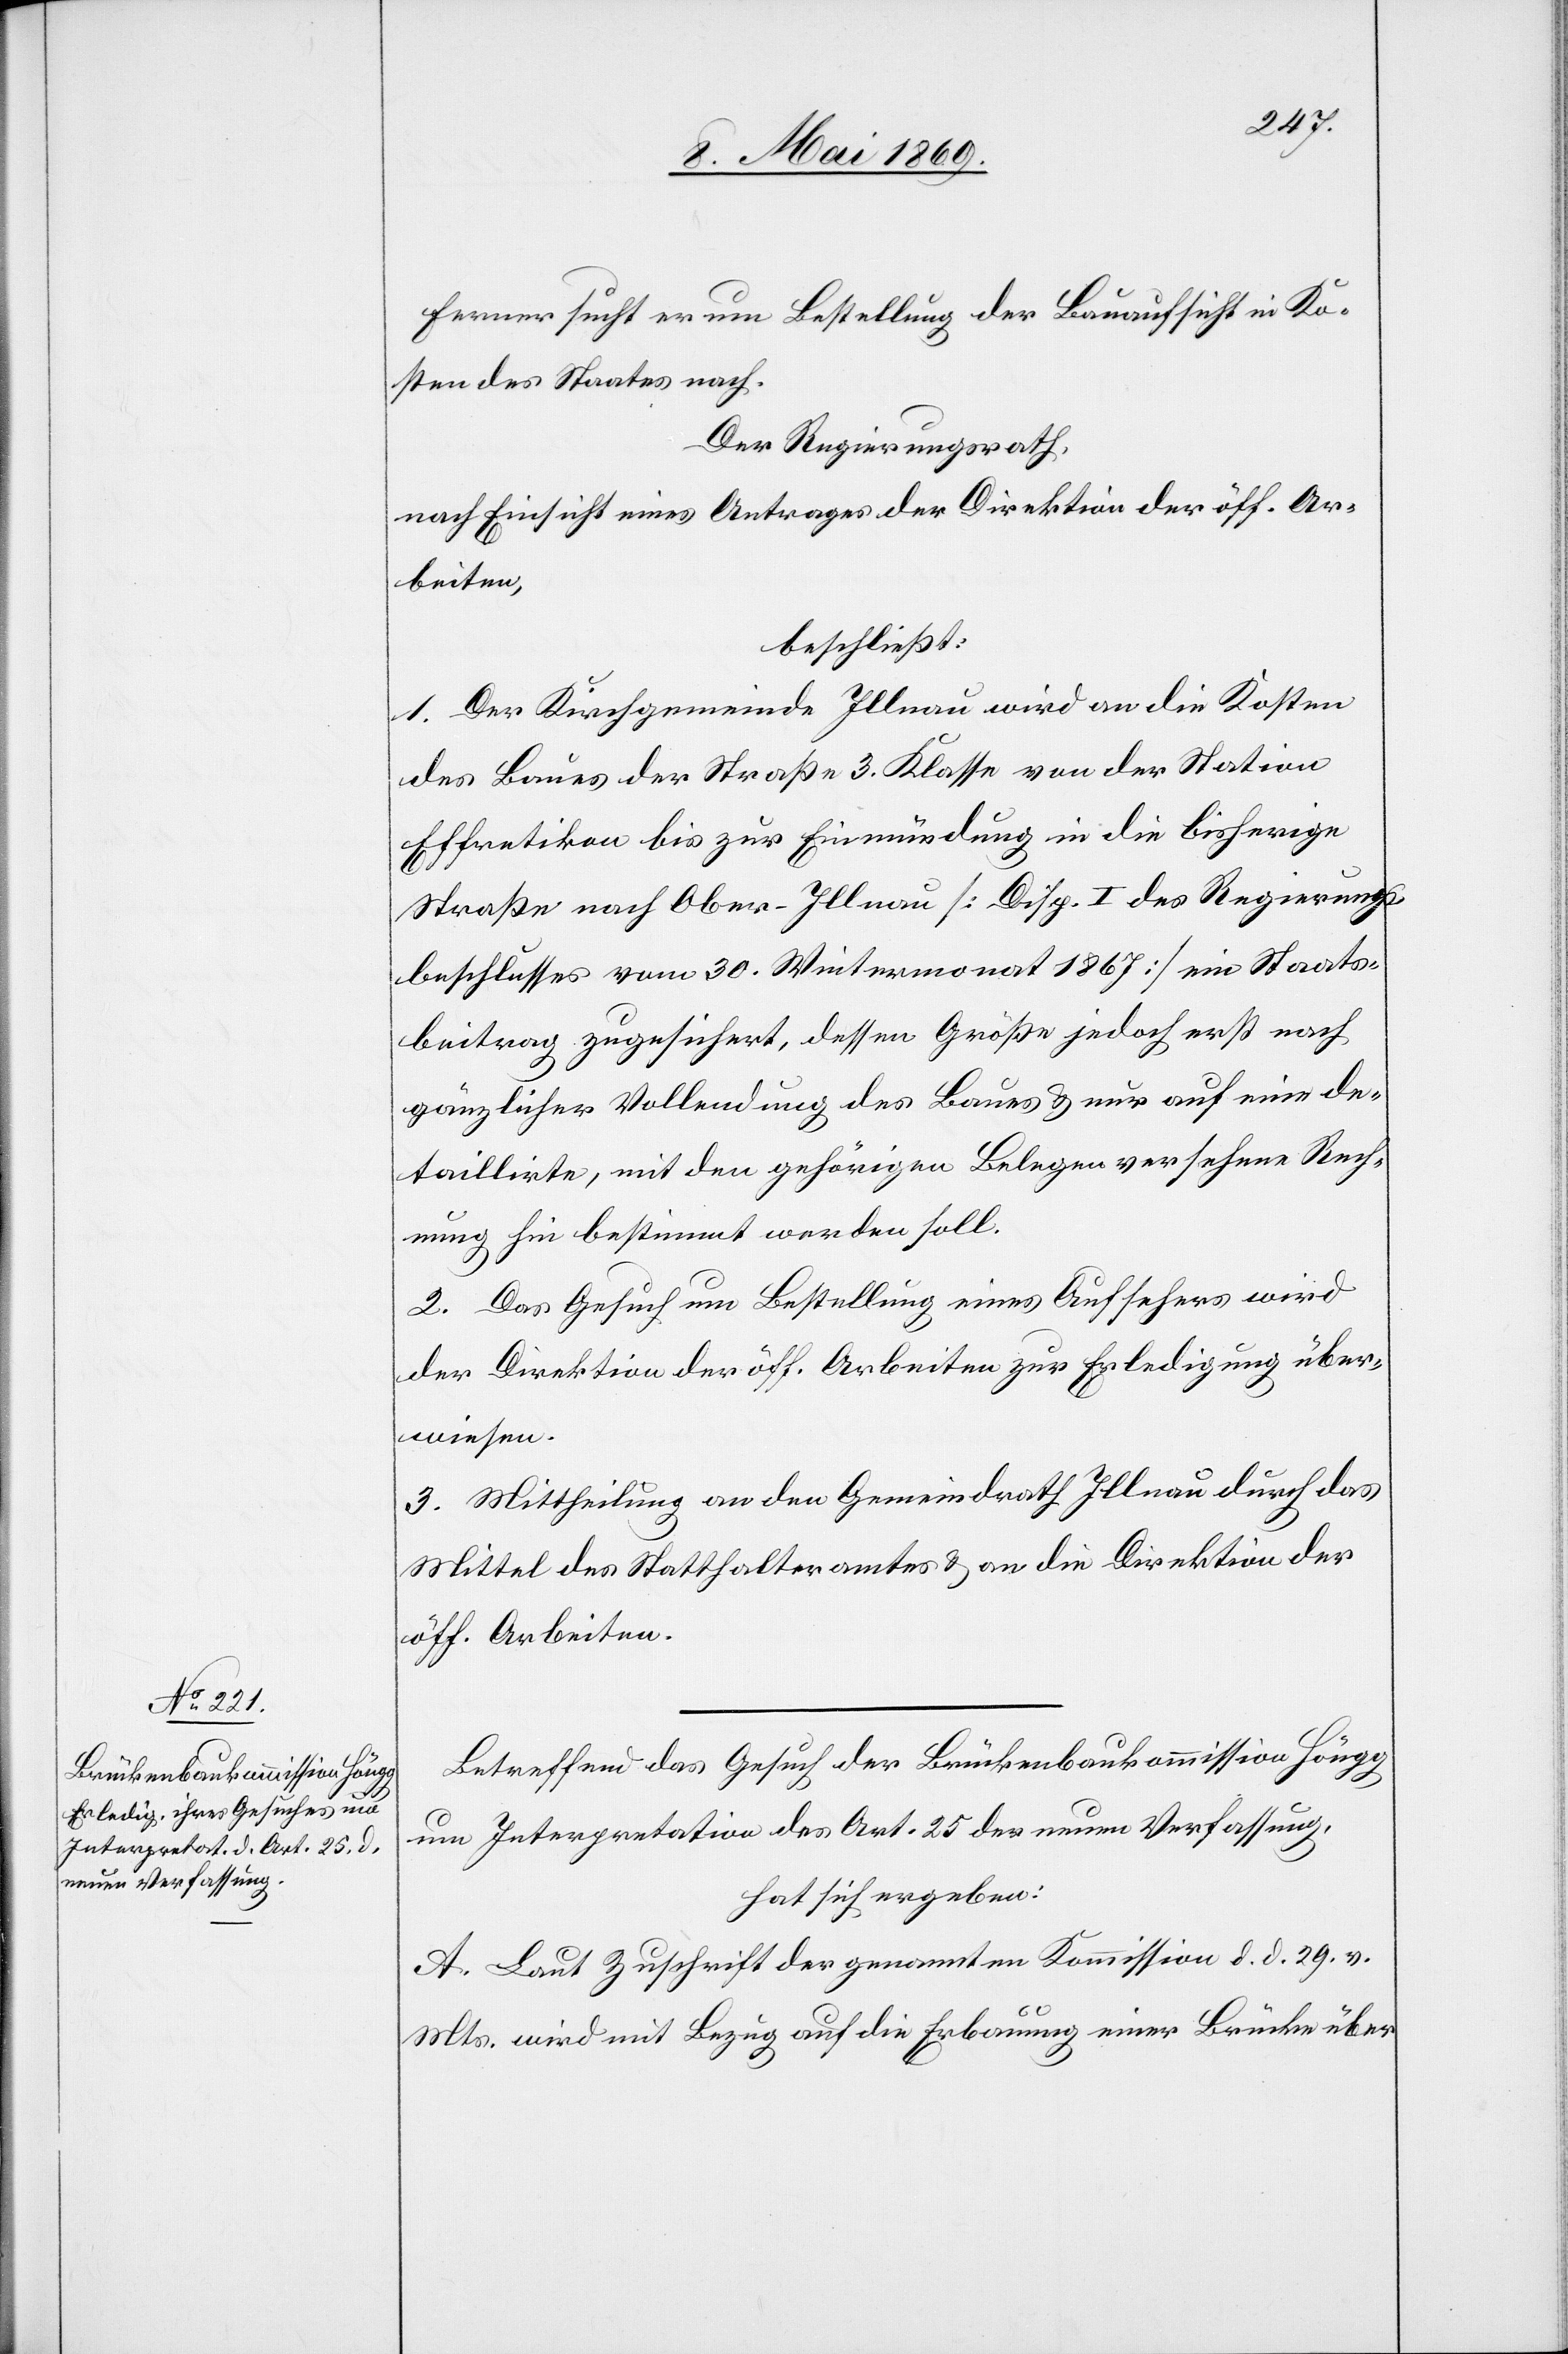
Ferner sucht er um Bestellung der Bauaufsicht in Ko¬
sten des Staates nach.
Der Regierungsrath,
nach Einsicht eines Antrages der Direktion der öff. Ar¬
beiten,
beschließt:
1. Der Kirchgemeinde Illnau wird an die Kosten
des Baues der Straße 3. Klasse von der Station
Effretikon bis zur Einmündung in die bisherige
Straße nach Ober-Illnau [Disp. I des Regierungs¬
beschlusses vom 30. Wintermonat 1867] ein Staats¬
beitrag zugesichert, dessen Größe jedoch erst nach
gänzlicher Vollendung des Baues u. nur auf eine de¬
taillirte, mit den gehörigen Belegen versehene Rech¬
nung hin bestimmt werden soll.
2. Das Gesuch um Bestellung eines Aufsehers wird
der Direktion der öff. Arbeiten zur Erledigung über¬
wiesen.
3. Mittheilung an den Gemeindrath Illnau durch das
Mittel des Statthalteramtes u. an die Direktion der
öff. Arbeiten.
Betreffend das Gesuch der Brückenbaukommission Höngg
um Interpretation des Art. 25 der neuen Verfassung,
hat sich ergeben:
A. Laut Zuschrift der genannten Kommission d. d. 29. v.
Mts. wird mit Bezug auf die Erbauung einer Brücke über